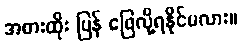
အစားထိုး ပြန် ဖြေလို့ရနိုင်မလား။